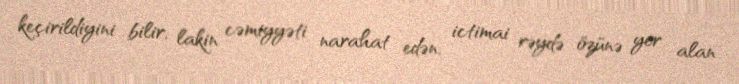
keçirildiyini bilir, lakin cəmiyyəti narahat edən, ictimai rəydə özünə yer alan